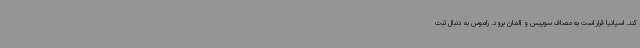
کند. اسپانیا قرار است به مصاف سوییس و آلمان برود. راموس به دنبال ثبت